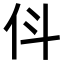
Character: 𬽫